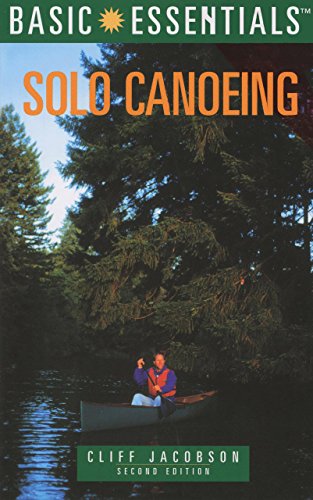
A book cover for Basic EssentialsÂ® Solo Canoeing (Basic Essentials Series); Cliff Jacobson; Sports & Outdoors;